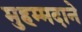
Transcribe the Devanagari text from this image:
मुहम्मदाने